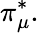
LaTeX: \pi_{\mu}^{*}.